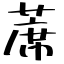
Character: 蓆